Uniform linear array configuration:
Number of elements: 48
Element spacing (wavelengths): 0.25
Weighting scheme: blackman
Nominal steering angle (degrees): -45
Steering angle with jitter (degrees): -44.873
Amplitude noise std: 0.05
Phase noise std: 0.05

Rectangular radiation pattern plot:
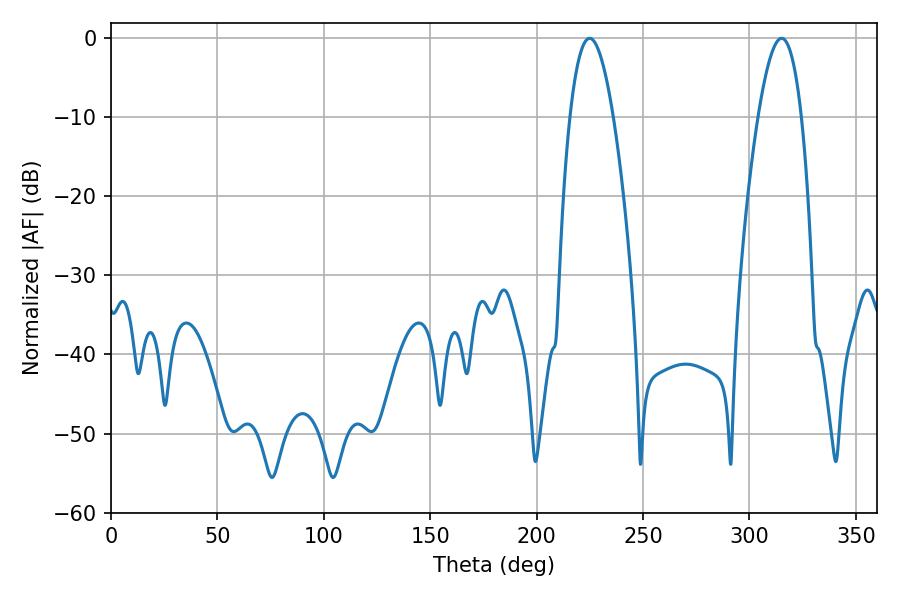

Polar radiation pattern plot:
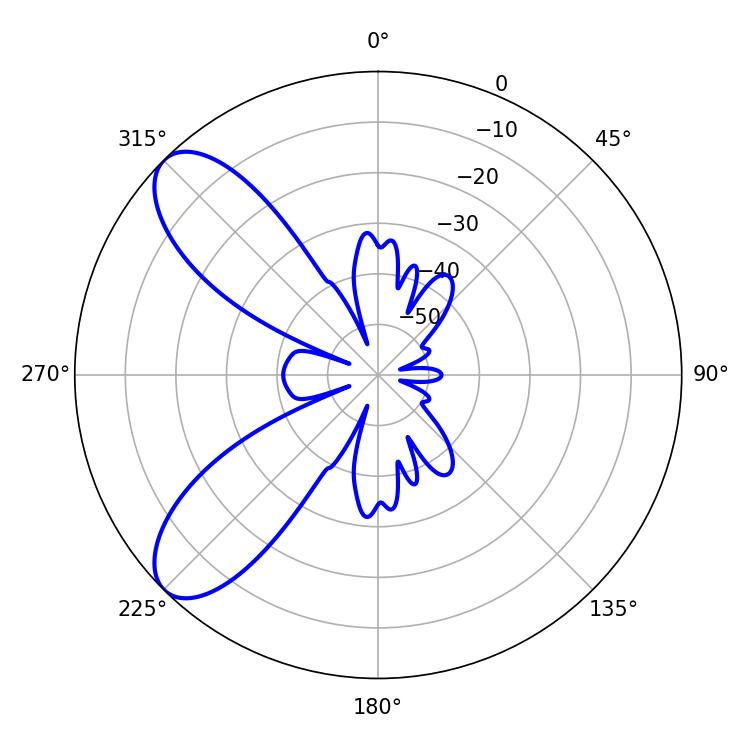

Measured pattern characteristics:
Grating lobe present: FALSE
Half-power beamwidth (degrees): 11.16
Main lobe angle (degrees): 224.82